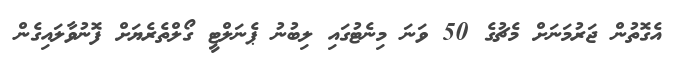
އެގޮތުން ޖަރުމަނަށް މެޗުގެ 50 ވަނަ މިނެޓުގައި ލިބުނު ޕެނަލްޓީ ގޯލްތެރެޔަށް ފޮނުވާލައިގެން